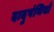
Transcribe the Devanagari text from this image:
दादुपंथियो